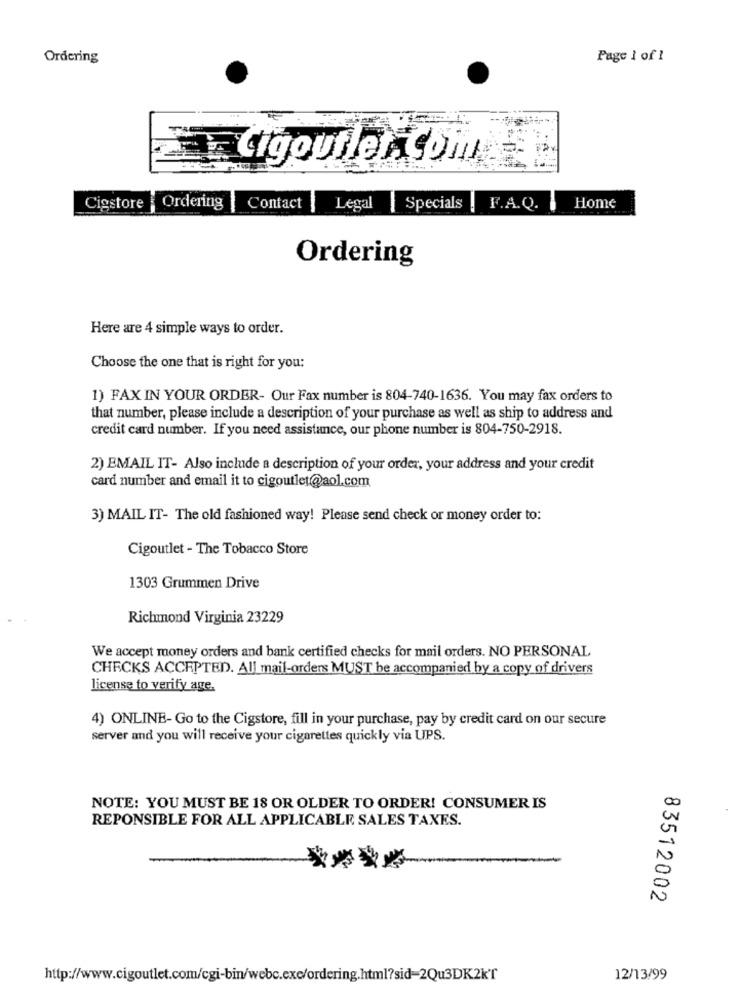
Ordering
Page 1 of 1
digoutlercom
Cigstore
Ordering | Contact
Legal | Specials
F.A.Q. I
Home
Ordering
Here are 4 simple ways to order.
Choose the one that is right for you:
1) FAX IN YOUR ORDER- Our Fax number is 804-740-1636. You may fax orders to
that number, please include a description of your purchase as well as ship to address and
credit card number. If you need assistance, our phone number is 804-750-2918.
2) EMAIL IT- Also include a description of your order, your address and your credit
card number and email it to cigoutlet@aol.com
3) MAIL IT- The old fashioned way! Please send check or money order to:
Cigoutlet - The Tobacco Store
1303 Grummen Drive
Richmond Virginia 23229
We accept money orders and bank certified checks for mail orders. NO PERSONAL
CHECKS ACCEPTED. All mail-orders MUST be accompanied by a copy of drivers
license to verify age,
4) ONLINE- Go to the Cigstore, fill in your purchase, pay by credit card on our secure
server and you will receive your cigarettes quickly via UPS.
NOTE: YOU MUST BE 18 OR OLDER TO ORDER! CONSUMER IS
REPONSIBLE FOR ALL APPLICABLE SALES TAXES.
N
N
83512002
http://www.cigoutlet.com/cgi-bin/webc.exe/ordering.html?sid=2Qu3DK2K'T
12/13/99